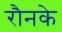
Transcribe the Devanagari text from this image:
रौनके